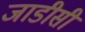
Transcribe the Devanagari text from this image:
जाडीसी